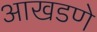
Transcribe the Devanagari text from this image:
आखडणे